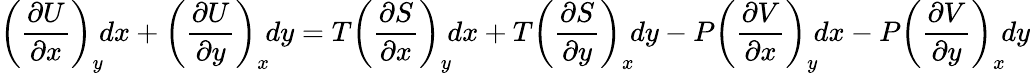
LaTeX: \left({\frac{\partial U}{\partial x}}\right)_{y}\! dx+\left({\frac{\partial U}{\partial y}}\right)_{x}\! dy=T\left({\frac{\partial S}{\partial x}}\right)_{y}\! dx+T\left({\frac{\partial S}{\partial y}}\right)_{x}\! dy-P\left({\frac{\partial V}{\partial x}}\right)_{y}\! dx-P\left({\frac{\partial V}{\partial y}}\right)_{x}\! dy